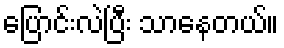
ပြောင်းလဲပြီး သာနေတယ်။